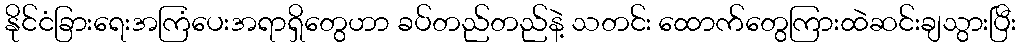
နိုင်ငံခြားရေးအကြံပေးအရာရှိတွေဟာ ခပ်တည်တည်နဲ့ သတင်း ထောက်တွေကြားထဲဆင်းချသွားပြီး